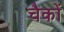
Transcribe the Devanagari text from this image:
चैकों